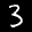
Label: 3